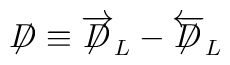
\not\!\!D\equiv\overrightarrow{\not\!\!D}_{L}-\overleftarrow{\not\!\!D}_{L}